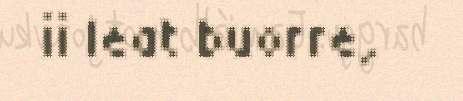
ii leat buorre,